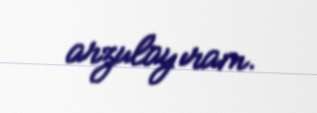
arzulayıram.